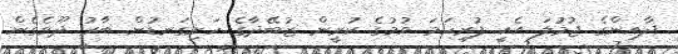
ދާއިންގެ ޖުމުލަ އެކީ ފުރިހަމަ ވުމުގެ ކުރީން ޒުބޭދާގެ ހަށިގަނޑުން ބާރު ދޫވެގެން